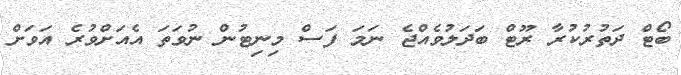
ބޯޓް ދަތުރުކުރާ ރޫޓް ބަދަލުވެއްޖެ ނަަމަ ފަސް މިނިޓުން ނުވަތަ އެއަށްވުރެ އަވަށް